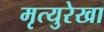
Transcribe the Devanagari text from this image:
मृत्युरेखा